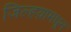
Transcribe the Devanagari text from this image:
जिल्हय़ामधून